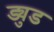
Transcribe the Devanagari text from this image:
ड्युड